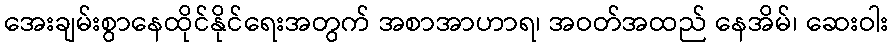
အေးချမ်းစွာနေထိုင်နိုင်ရေးအတွက် အစာအာဟာရ၊ အဝတ်အထည် နေအိမ်၊ ဆေးဝါး